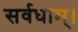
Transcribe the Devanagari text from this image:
सर्वधाम्‌।